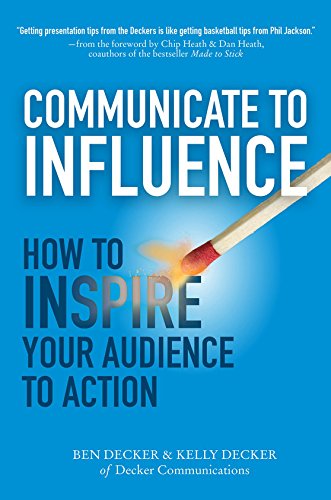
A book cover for Communicate to Influence: How to Inspire Your Audience to Action; Ben Decker; Business & Money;